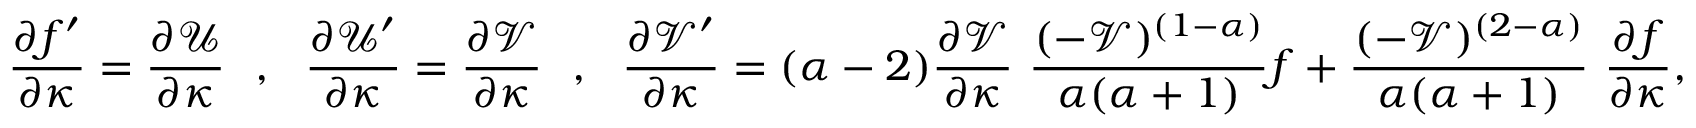
\frac { \partial f ^ { \prime } } { \partial \kappa } = \frac { \partial \mathcal { U } } { \partial \kappa } ~ ~ , ~ ~ \frac { \partial \mathcal { U } ^ { \prime } } { \partial \kappa } = \frac { \partial \mathcal { V } } { \partial \kappa } ~ ~ , ~ ~ \frac { \partial \mathcal { V } ^ { \prime } } { \partial \kappa } = ( \alpha - 2 ) \frac { \partial \mathcal { V } } { \partial \kappa } ~ \frac { ( - \mathcal { V } ) ^ { ( 1 - \alpha ) } } { \alpha ( \alpha + 1 ) } f + \frac { ( - \mathcal { V } ) ^ { ( 2 - \alpha ) } } { \alpha ( \alpha + 1 ) } ~ \frac { \partial f } { \partial \kappa } ,